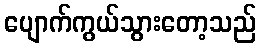
ပျောက်ကွယ်သွားတော့သည်